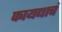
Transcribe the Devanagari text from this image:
फायद्याचं